Bréfritari: Jakobína Jónsdóttir
Viðtakandi: Sólveig Jónsdóttir
Dagsetning: A-1872-03-19
Skrifað á: Bessastöðum  Gull.
systir bréfviðtakanda

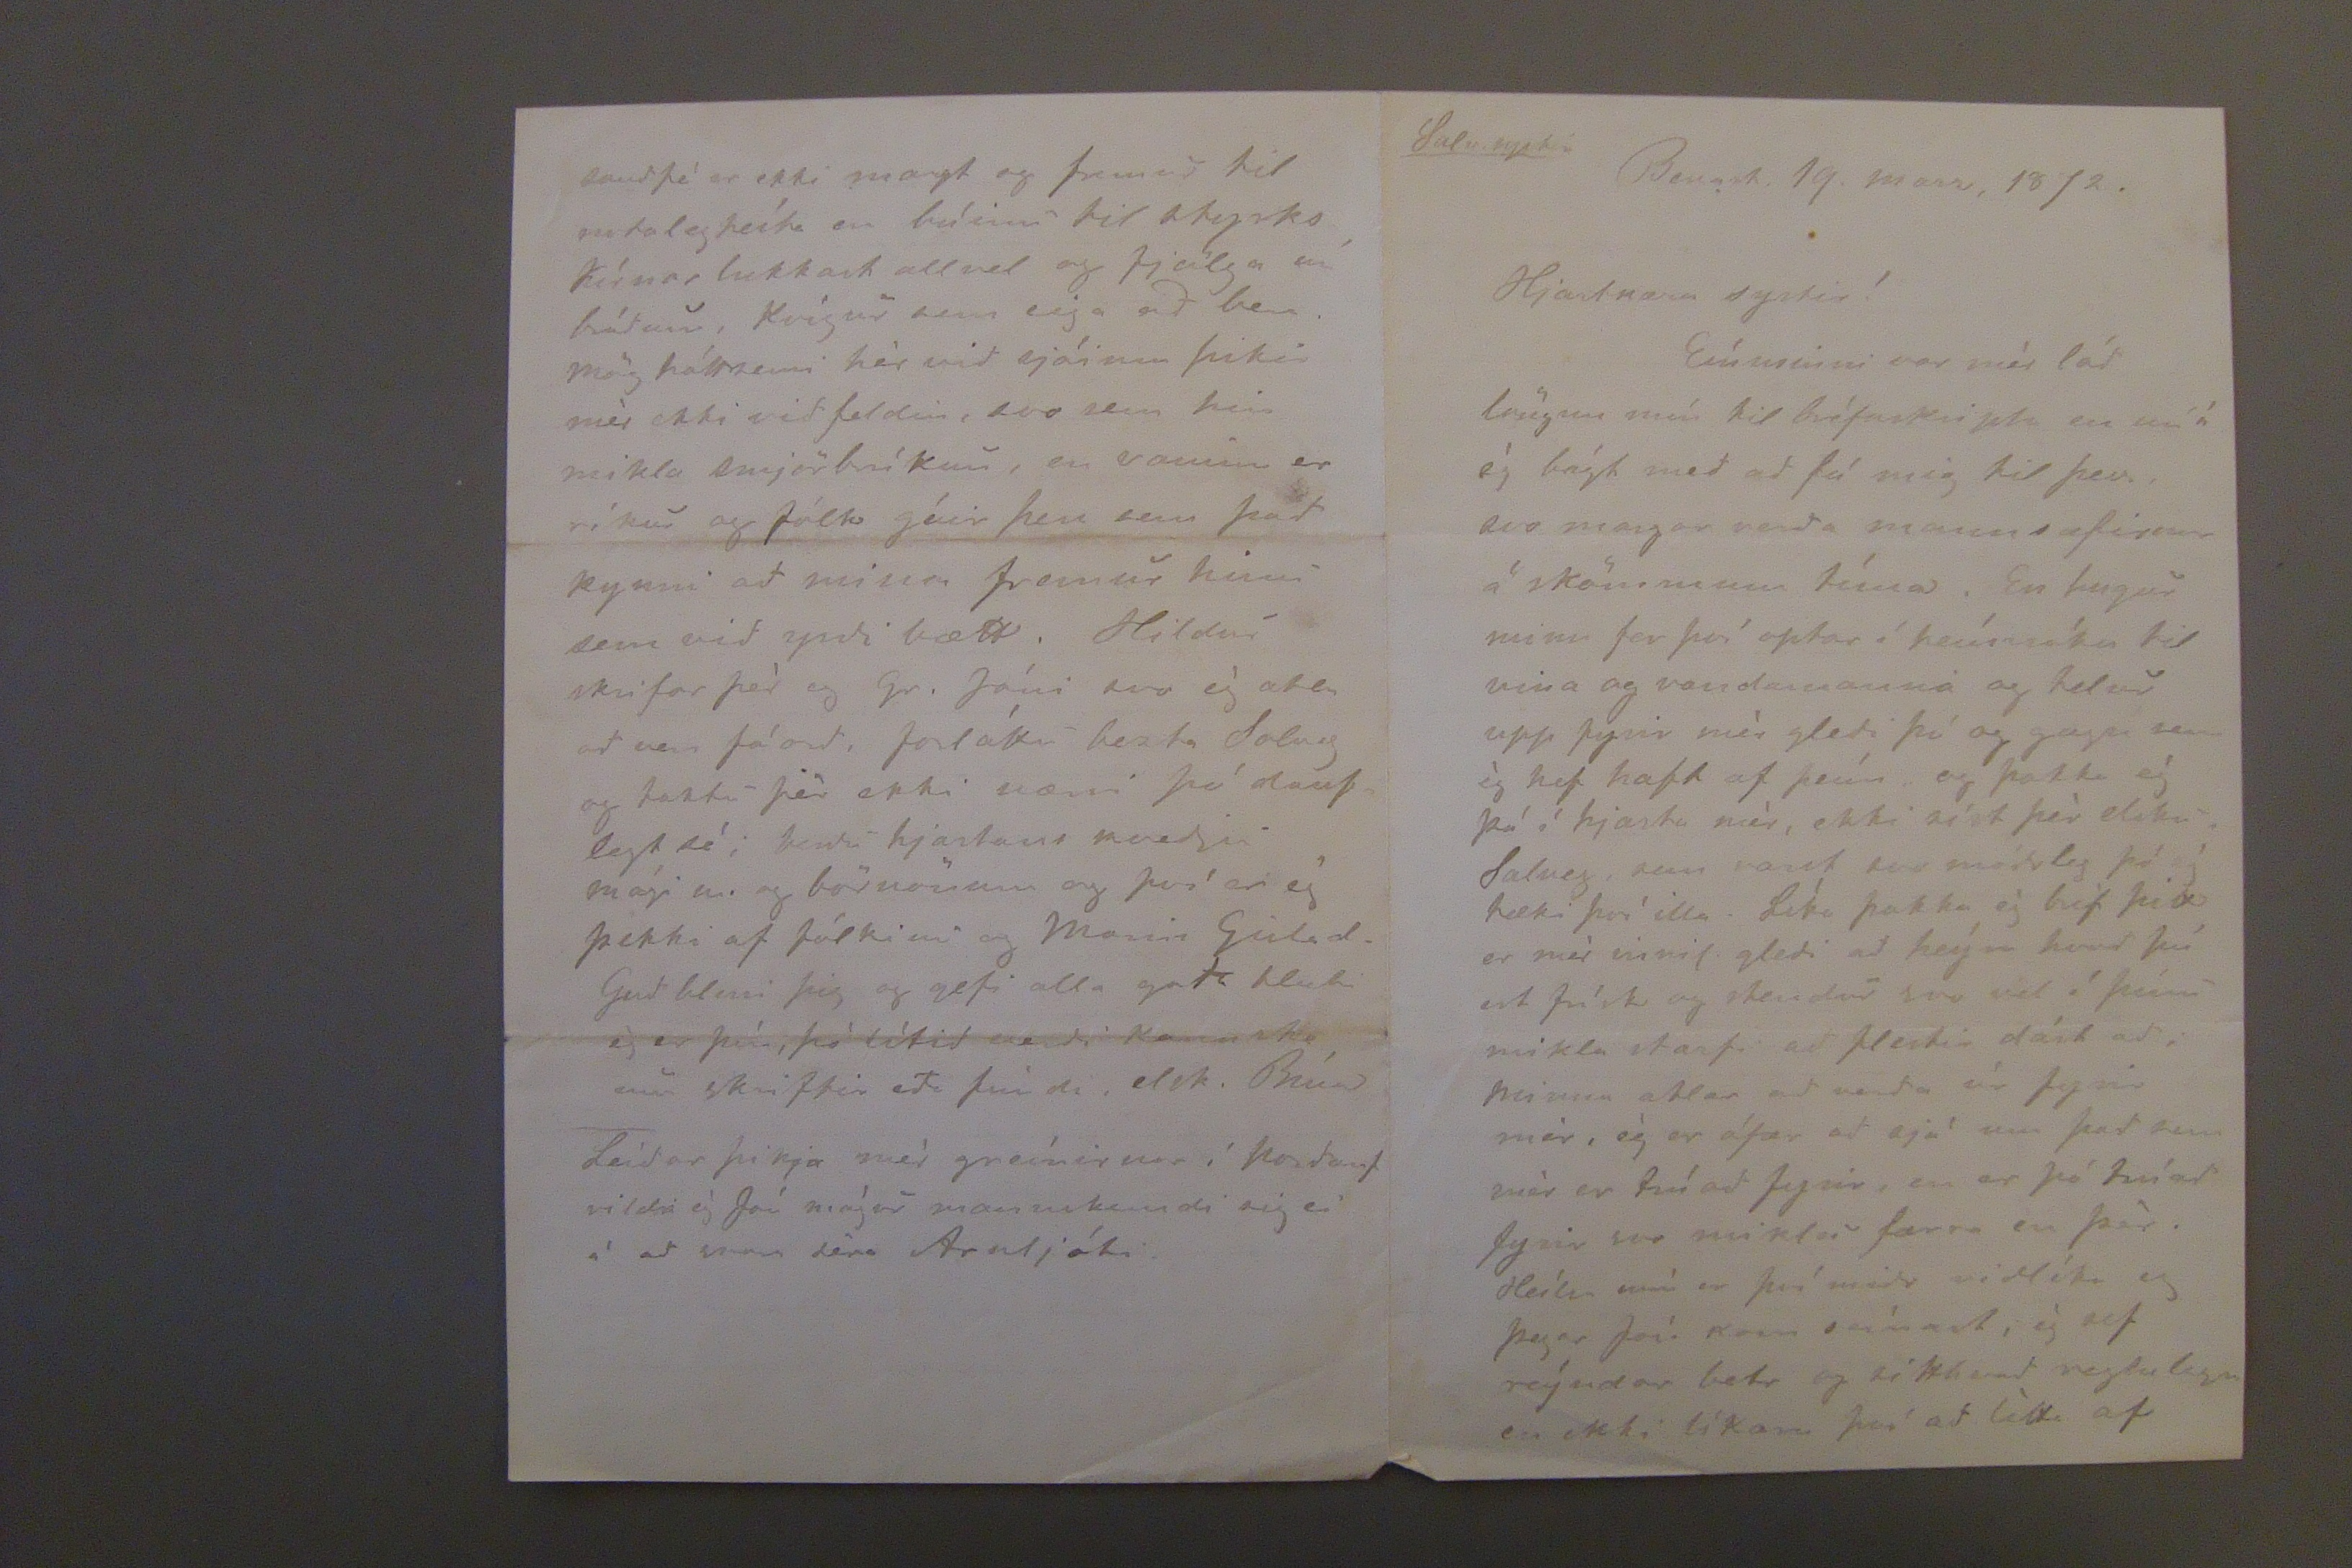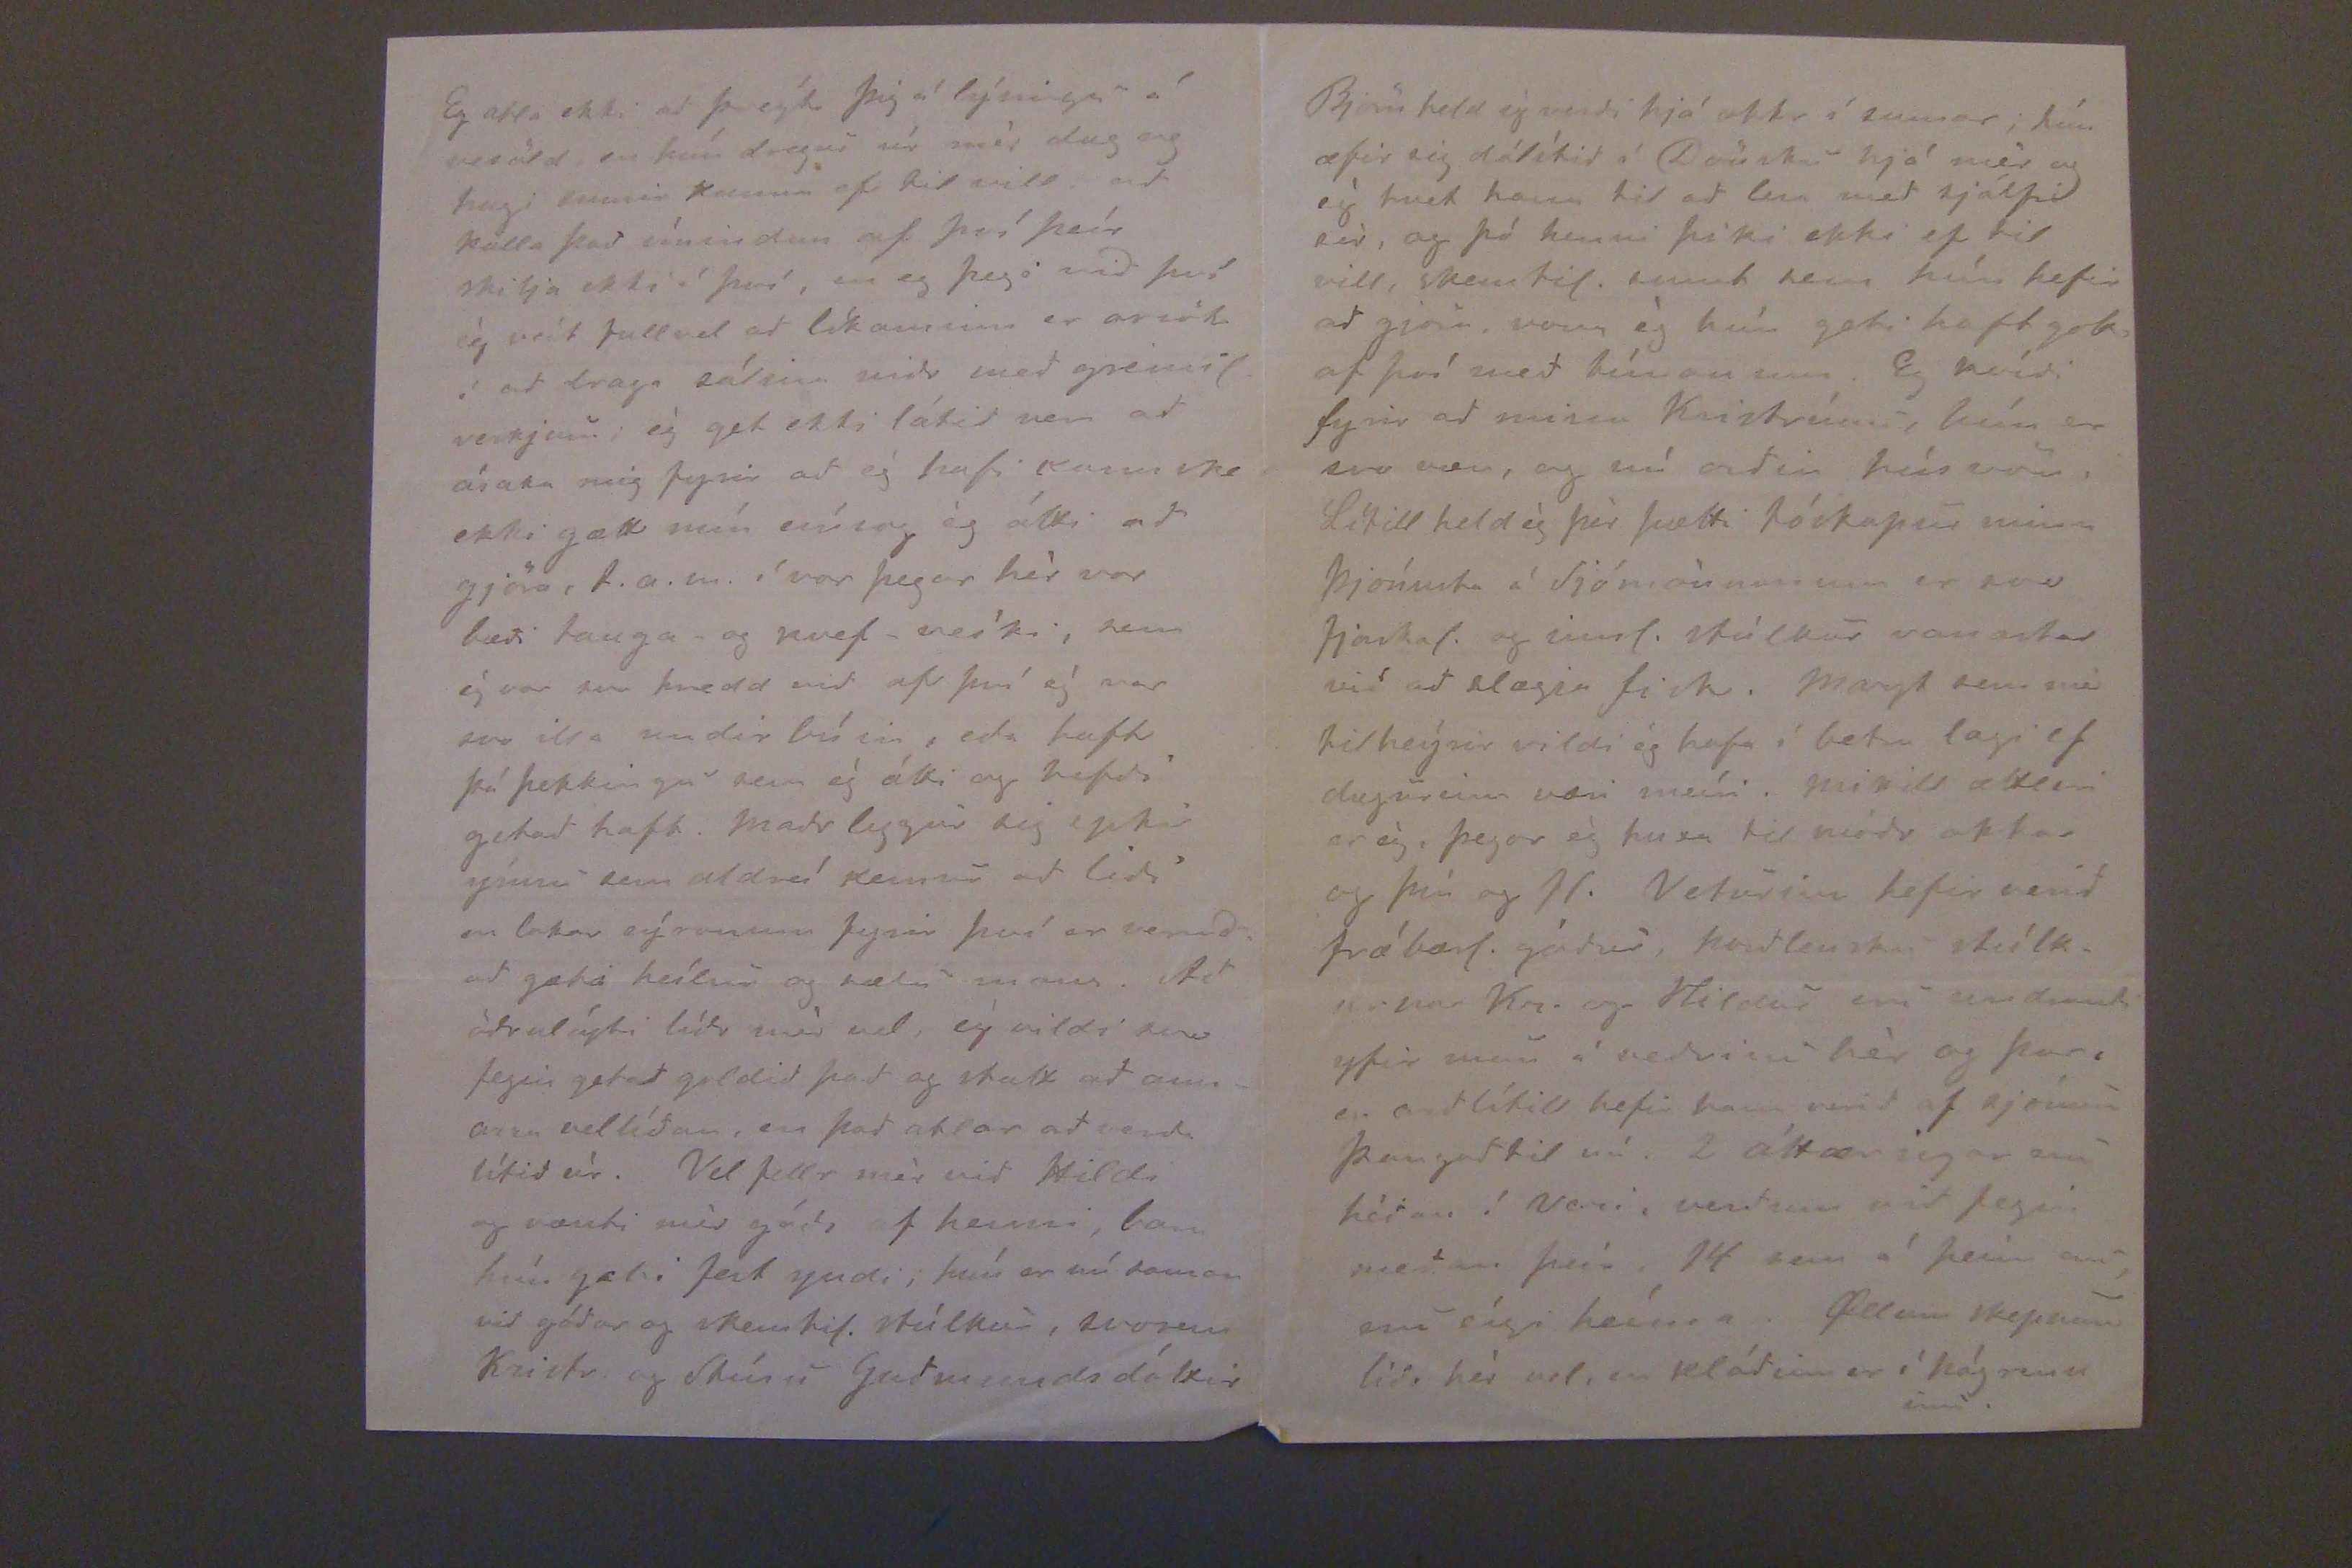

Solv. systir
Bessast. 19. marz, 1872.
Hjarkæra systir!
Eínusinni var mér lád löngun mín til bréfaskripta en nú á ég bágt med ad fá mig til þess, svo margar verda mannsæfirnar á skömmum tima. En hugur minn fer því optar í heímsókn til vina og vandamanna og telur upp fyrir mér gledi þá og gagn sem ég hef haft af þeím og þakka ég þá í hjarta mér, ekki síst þér elsku Solveg, sem vant svo módsleg þó ég tæki því illa. Líka þakka ég bréf þitt er mér innil. gledi ad heýra hvad þú ert frísk og stendur svo vel í þeím mikla starfi ad flestir dást ad; minna ætlar ad verda úr fyrir mér, ég er ófær ad sjá um þad sem mér er trúad fyrir, en er þó trúad fyrir svo miklu færra en þér. Heílsa mín er því midr vidlíka og þegar Jón kom seínast, ég sef reýndar betr og sitthvad reglulega en ekki líkara því ad létta af
Eg ætla ekki ad þreýta þig á lýsingu á veröld en hún dregur úr mér dug og hug; sumir komu ef til vill i ad kalla þad
eínisdun
af því þeír skilja ekki í því, en eg þegi vid því ég veít fullvel ad líkaminn er orsök í ad draga sálina nidr med greinil. verkjum; ég get ekki látid vera ad ásaka mig fyrir ad ég hafi kannske ekki gætt mín eínsog ég átti ad gjöra, t.a.m. í vor þegar hér var bædi tauga- og kvef-veíki, sem ég var svo hrædd vid af því ég var svo illa undirbúin, eda haft þá þekkingu sem ég átti og hefdi getad haft. Madr leggur sig eptir ýmsu sem aldreí kemur ad lidi en lokar sýnonum fyrir því er verndad gæti heílsu og sælu mans. Ad ödruleýti lídr mér vel, ég vildi svo fegin getad goldid þad og strax ad annars vellídan, en þad ætlar ad verda lítid úr. Vel fellr mér vid Hildi og vænti mér og óska af henni, bara hún gæti fest yndi, hún er nú saman vid gódar og skemtil. stúlkur, svosem Kristr. og Stínu Gudmundsdóttur
saudfé er ekki margt og fremur til notalegheíta en búinu til styrks kírnar lukkast allvel og fjölga nú brádum, Kvígur sem eiga ad bera mörg háttsemi hér vid sjóinn þikir mér ekki vid feldin, svo sem hin mikla smjörbríkun, en vaninn er ríkur og fólk gáir þess sem þad kynni ad missa fremur hinu sem vid yrdi bætt. Hildur skrifa þér og Gr. Jóni svo ég ætla ad vera fáord, forláttu bezta Solveg og taktu þér ekki nærri þó dauflegt sé; berdu hjartans kvedju mági m og börnönum og því er eg þekki af fólkinu og Manni Gislad. Gud blessi þig og gefi alla goda hluti eg er þín, þó lítid verdi kannske um skriftir eda fríndi, elsk. Bína
Leídar þikja mér greínirnar í Nordanf. vildi ég Jón mágur mannskemdi sig ei á ad sinna séra Arnljóti.
Björn held ég verdi hjá okkur í sumar; hún æfir sig dálítid á Dönsku hjá mér og ég hvet hann til ad lesa med sjálfri sér, og þó henni þiki ekki ef til vill, skemtil. sumt sem hún hefir ad gjöra, vona ég hún geti haft gott af því med tímanum. Eg kvídi fyrir ad missa Kristrúnu, hún er svo væn, og nú ordin húsvön, Lítill held ég þér þætti
húskapur
minn þjónusta á Sjómönnonum er svo fjaskal. og innil. stúlkur vanastar vid ad slægja fisk. Margt sem má tilheýrir vildi ég hafa í betra lagi ef dagurinn væri meíri. Mikill ættsemi er ég, þegar ég huxa til módr okkar og þín og fl. Veturinn hefir verid frábærl. gódur, nordlensku stúlkurnar Kr. og Hildur eru undrandi yfir mun á vedrinu hér og þar, en vidlítill hefir hann verid af sjónum þangad til nú. 2 áttæringar eru hédan í Veru, verdum vid fegin medan þeír, 14 sem á þeim ad eru eígi heíma.
Selum
skepnan lídr hér vel, en kládinn er í nágrenninu.